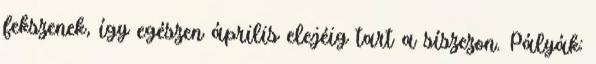
fekszenek, így egészen április elejéig tart a síszezon. Pályák: